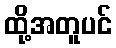
ထို့အတူပင်